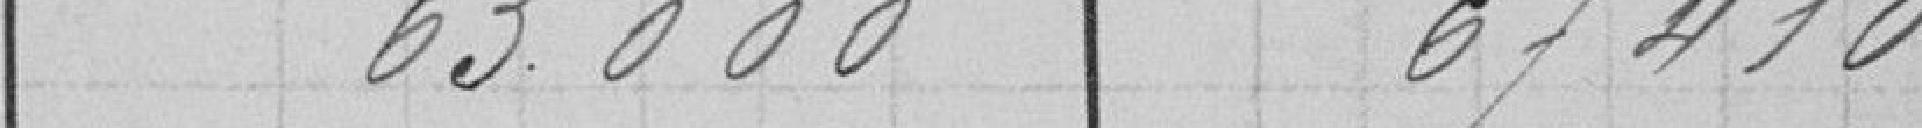
63.000               67.410